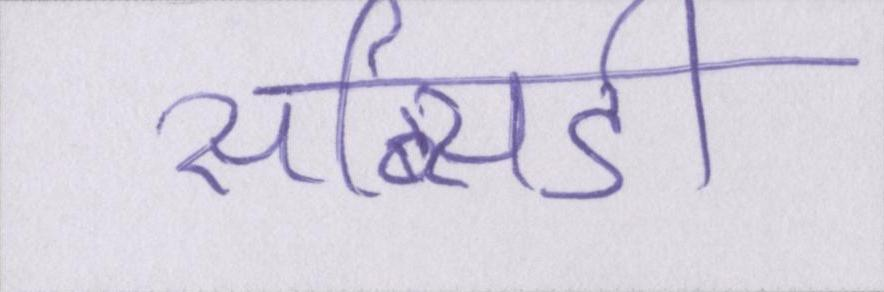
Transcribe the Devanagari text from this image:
सब्सिडी